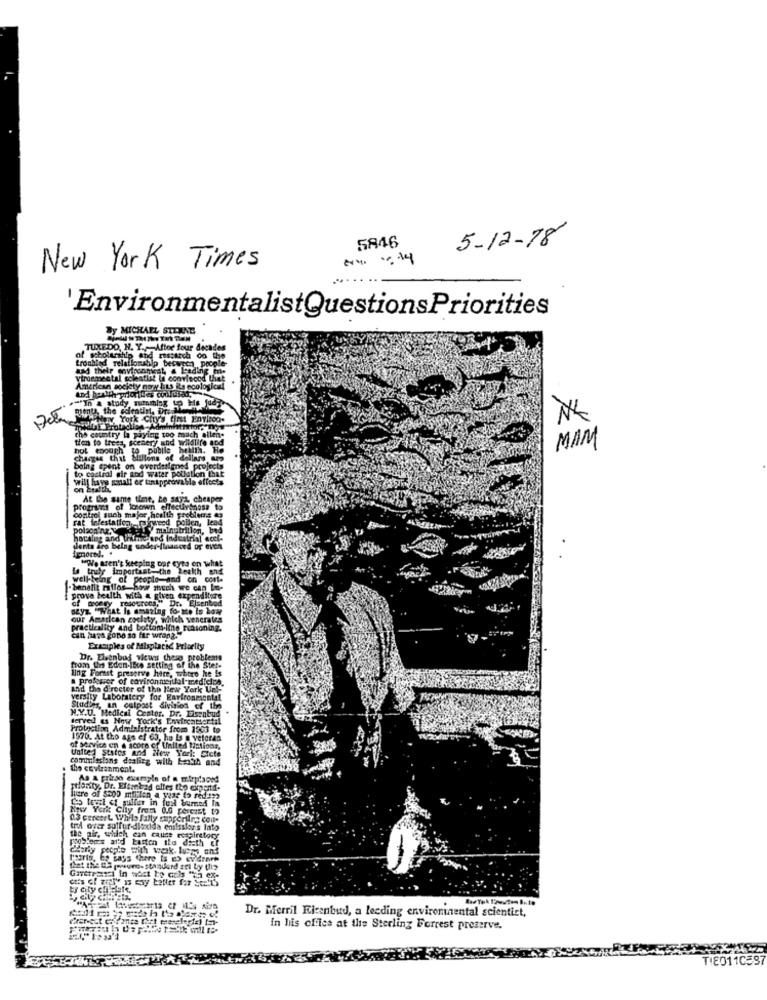
5-12-18
5846
New York Times
'EnvironmentalistQuestionsPriorities
By MICHAEL STRANE
TUXEDO, H. Y .- After four decades
troubled relationship between ,people-
of scholarship and rustarch do the
aad their environment, a Leading me
viroemental solaatist la coorlecod thet
American society no y lits its ecological
""In a study suromlag to be judy
ANTY York City's first Enviroa.
the country la paying too much ellen.
tien to trees, scenery and wildlife and
hot enough to pubile
MAM
charges that billions of dollars
being spent on overdesigned projects
to castrol sir and water pollution that
will have small er tintpprovable effects
At the same time, he says, cheaper
programs of Iceown effectiveness to
control such major health problems es
rat infestation,foiweed pollen, lead
y malnutrition, bad
hoteles and ihimo and Industrial acci.
ulents are being under-financed or even
a truly importast-the Wealth and
"We aren't keeping our eyes on what
well-being of people-and on cont.
[-benefit Fallos how much we can Io-
prove health with a given expenditure
of money rosocrocs," Dr. Elsenbod
says. "What is amazing fo- me is bow
our Amatican zoclaty, which venerates
Icality and bottom-line reasoning.
can haps gono so far wrang."
Examples of Misplaced Priority
Dr. Elsenbad views these problems
from Us Eden-ilce setting of the Stet-
ling Forast preserve hire, where he is
professor of covironmentfal medicira.
And the director of the New York Un'-
versity Laboratery for Environmental
N.Y.U. Medical Center. Dr. Elsenbud
Studies, an culpost division of the
served es New York's Envircamsertal
Protection Administrator from 1903 to
1570. At tho ags ef 63, he Is @ veforan
of service en a score of United Nations,
United States and New York: Cicte
commissions dealing with Ersth and
the environment.
As & prise example of a mirplaon!
rtlosity, Dr. Eftank ad elles top exporta-
lucre of $200 million a year to redsys
New Yorkt Chy from 0.0 percist to
0.3 cereert Whip fally shareriina com-
tril over sulfur-dioxidla enilesler's lato
poosters ar'd kasten the disth er
the air, which can cause respiratory
charly people with work. lucas and
paris, Ep says there Is ( evermen
det the ta powonos standard gri Ly (112
Dr. Merril Ficanbud, a feeding environmental scientist,
In his office at the Sterling Forrest preserve.
T'8011C597